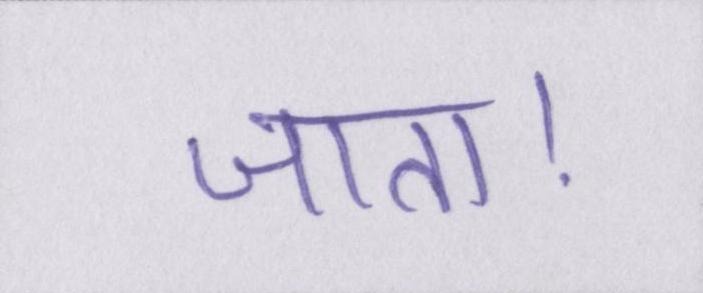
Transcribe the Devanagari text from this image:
जाता।